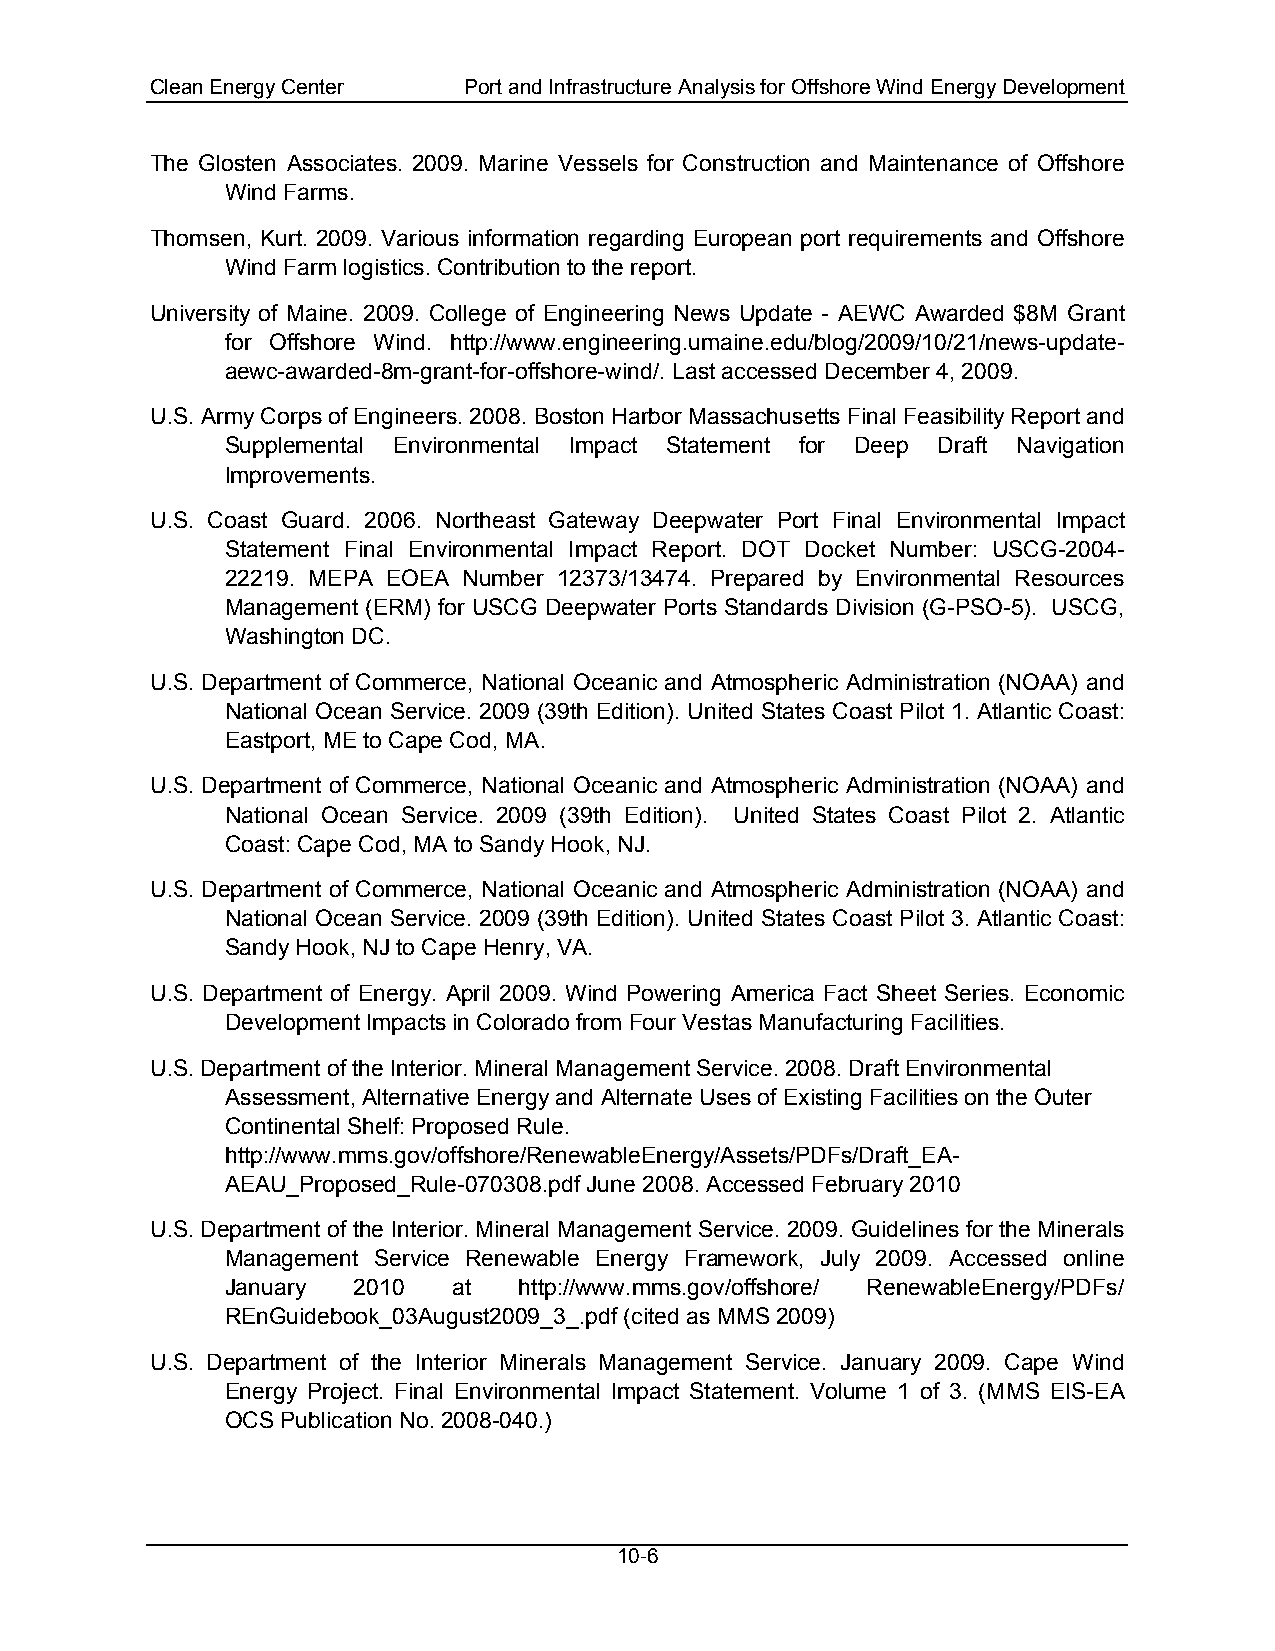
Clean Energy Center  Port and Infrastructure Analysis for Offshore Wind Energy Development
 The Glosten Associates. 2009. Marine Vessels for Construction and Maintenance of Offshore
 Wind Farms.
 Thomsen, Kurt. 2009. Various information regarding European port requirements and Offshore
 Wind Farm logistics. Contribution to the report.
 University of Maine. 2009. College of Engineering News Update - AEWC Awarded $8M Grant
 for Offshore Wind. http://www.engineering.umaine.edu/blog/2009/10/21/news-update-
 aewc-awarded-8m-grant-for-offshore-wind/. Last accessed December 4, 2009.
 U.S. Army Corps of Engineers. 2008. Boston Harbor Massachusetts Final Feasibility Report and
 Supplemental Environmental Impact Statement for Deep Draft Navigation
 Improvements.
 U.S. Coast Guard. 2006. Northeast Gateway Deepwater Port Final Environmental Impact
 Statement Final Environmental Impact Report. DOT Docket Number: USCG-2004-
 22219. MEPA EOEA Number 12373/13474. Prepared by Environmental Resources
 Management (ERM) for USCG Deepwater Ports Standards Division (G-PSO-5). USCG,
 Washington DC.
 U.S. Department of Commerce, National Oceanic and Atmospheric Administration (NOAA) and
 National Ocean Service. 2009 (39th Edition). United States Coast Pilot 1. Atlantic Coast:
 Eastport, ME to Cape Cod, MA.
 U.S. Department of Commerce, National Oceanic and Atmospheric Administration (NOAA) and
 National Ocean Service. 2009 (39th Edition). United States Coast Pilot 2. Atlantic
 Coast: Cape Cod, MA to Sandy Hook, NJ.
 U.S. Department of Commerce, National Oceanic and Atmospheric Administration (NOAA) and
 National Ocean Service. 2009 (39th Edition). United States Coast Pilot 3. Atlantic Coast:
 Sandy Hook, NJ to Cape Henry, VA.
 U.S. Department of Energy. April 2009. Wind Powering America Fact Sheet Series. Economic
 Development Impacts in Colorado from Four Vestas Manufacturing Facilities.
 U.S. Department of the Interior. Mineral Management Service. 2008. Draft Environmental
 Assessment, Alternative Energy and Alternate Uses of Existing Facilities on the Outer
 Continental Shelf: Proposed Rule.
 http://www.mms.gov/offshore/RenewableEnergy/Assets/PDFs/Draft_EA-
 AEAU_Proposed_Rule-070308.pdf June 2008. Accessed February 2010
 U.S. Department of the Interior. Mineral Management Service. 2009. Guidelines for the Minerals
 Management Service Renewable Energy Framework, July 2009. Accessed online
 January 2010   at  http://www.mms.gov/offshore/ RenewableEnergy/PDFs/
 REnGuidebook_03August2009_3_.pdf (cited as MMS 2009)
 U.S. Department of the Interior Minerals Management Service. January 2009. Cape Wind
 Energy Project. Final Environmental Impact Statement. Volume 1 of 3. (MMS EIS-EA
 OCS Publication No. 2008-040.)
 10-6